Indian journal of veterinary science and animal husbandry - Volume 2,
Year: 1932
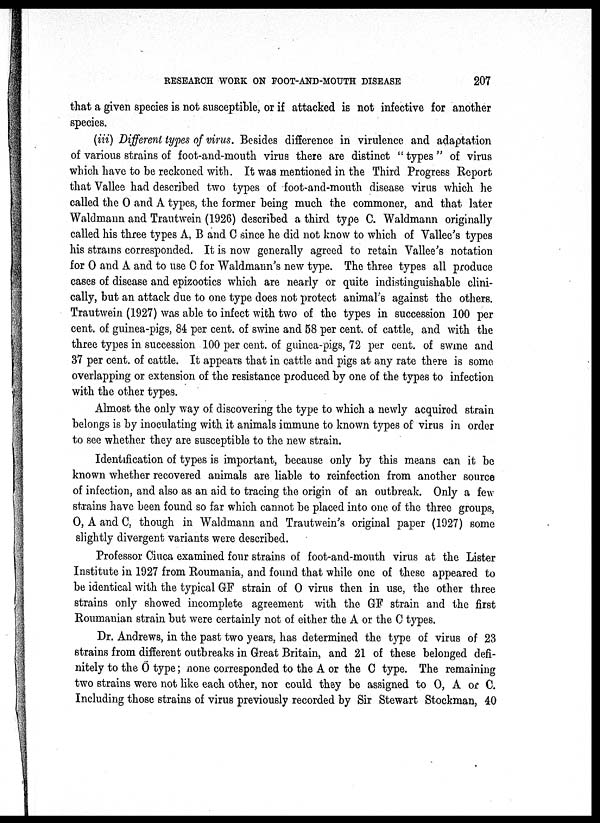
RESEARCH WORK ON FOOT-AND-MOUTH
DISEASE
207
that a given species is not susceptible, or if attacked is not infective for another
species.
(iii) Different types of virus. Besides difference in virulence and adaptation
of various strains of foot-and-mouth virus there are distinct " types " of virus
which have to be reckoned with. It was mentioned in the Third Progress Report
that Vallee had described two types of foot-and-mouth disease virus which he
called the O and A types, the former being much the commoner, and that later
Waldmann and Trautwein (1926) described a third type C. Waldmann originally
called his three types A, B and C since he did not know to which of Vallee's types
his strains corresponded. It is now generally agreed to retain Vallee's notation
for O and A and to use C for Waldmann's new type. The three types all produce
cases of disease and epizootics which are nearly or quite indistinguishable clini-
cally, but an attack due to one type does not protect animal's against the others.
Trautwein (1927) was able to infect with two of the types in succession 100 per
cent. of guinea-pigs, 84 per cent. of swine and 58 per cent. of cattle, and with the
three types in. succession 100 per cent. of guinea-pigs, 72 per cent. of swine and
37 per cent. of cattle. It appears that in cattle and pigs at any rate there is some
overlapping or extension of the resistance produced by one of the types to infection
with the other types.
Almost the only way of discovering the type to which a newly acquired strain
belongs is by inoculating with it animals immune to known types of virus in order
to see whether they are susceptible to the new strain.
Identification of types is important, because only by this means can it be
known whether recovered animals are liable to reinfection from another source
of infection, and also as an aid to tracing the origin of an outbreak. Only a few
strains have been found so far which cannot be placed into one of the three groups,
O, A and C, though in Waldmann and Trautwein's original paper (1927) some
slightly divergent variants were described.
Professor Ciuca examined four strains of foot-and-mouth virus at the Lister
Institute in 1927 from Roumania, and found that while one of these appeared to
be identical with the typical GF strain of O virus then in use, the other three
strains only showed incomplete agreement with the GF strain and the first
Roumanian strain but were certainly not of either the A or the C types.
Dr. Andrews, in the past two years, has determined the type of virus of 23
strains from different outbreaks in Great Britain, and 21 of these belonged defi-
nitely to the O type ; none corresponded to the A or the C type. The remaining
two strains were not like each other, nor could they be assigned to O, A or C.
Including those strains of virus previously recorded by Sir Stewart Stockman, 40